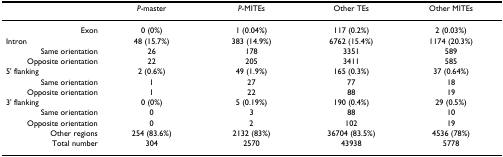
|  | P-master | P-MITEs | Other TEs | Other MITEs |
 | --- | --- | --- | --- | --- |
 | Exon | 0 (0%) | 1 (0.04%) | 117 (0.2%) | 2 (0.03%) |
 | Intron | 48 (15.7%) | 383 (14.9%) | 6762 (15.4%) | 1174 (20.3%) |
 | Same orientation | 26 | 178 | 3351 | 589 |
 | Opposite orientation | 22 | 205 | 3411 | 585 |
 | 5' flanking | 2 (0.6%) | 49 (1.9%) | 165 (0.3%) | 37 (0.64%) |
 | Same orientation | 1 | 27 | 77 | 18 |
 | Opposite orientation | 1 | 22 | 88 | 19 |
 | 3' flanking | 0 (0%) | 5 (0.19%) | 190 (0.4%) | 29 (0.5%) |
 | Same orientation | 0 | 3 | 88 | 10 |
 | Opposite orientation | 0 | 2 | 102 | 19 |
 | Other regions | 254 (83.6%) | 2132 (83%) | 36704 (83.5%) | 4536 (78%) |
 | Total number | 304 | 2570 | 43938 | 5778 |